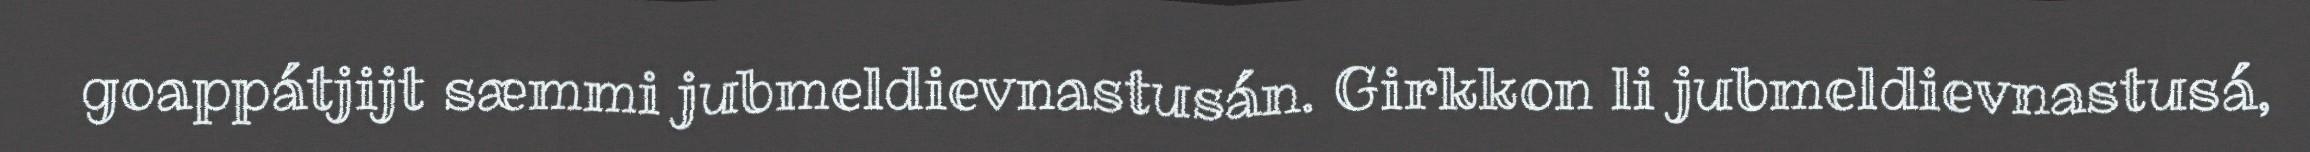
goappátjijt sæmmi jubmeldievnastusán. Girkkon li jubmeldievnastusá,